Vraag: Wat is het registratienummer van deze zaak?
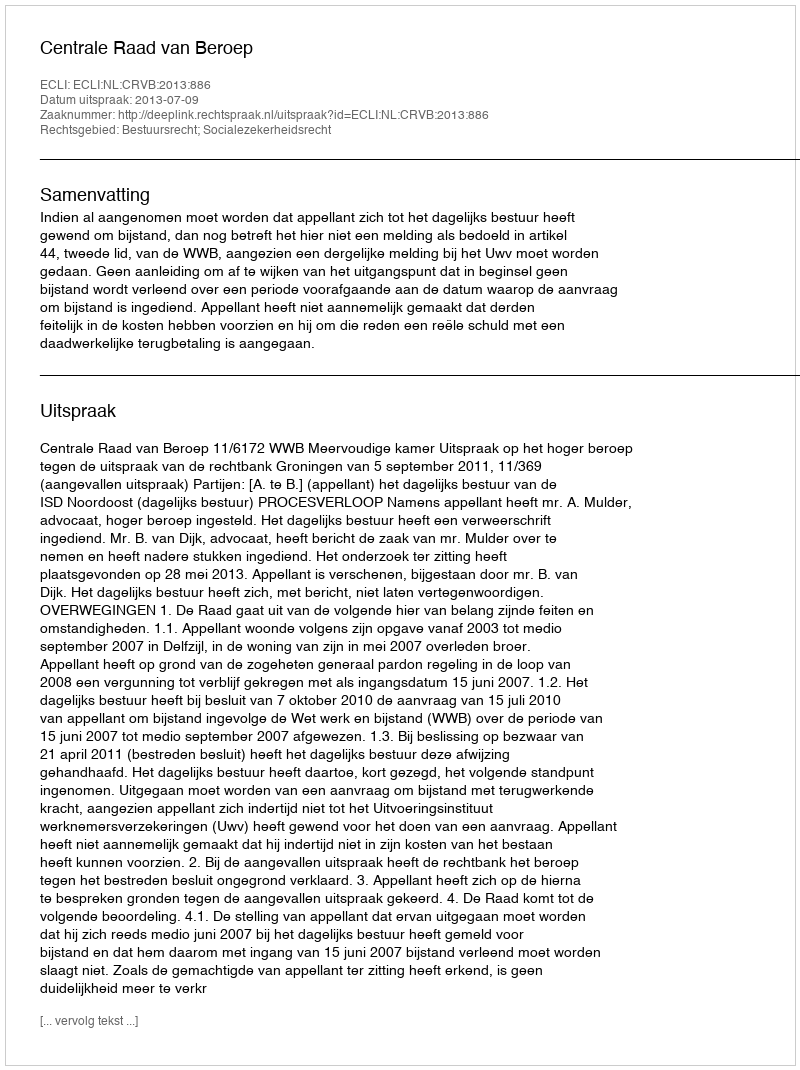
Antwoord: http://deeplink.rechtspraak.nl/uitspraak?id=ECLI:NL:CRVB:2013:886